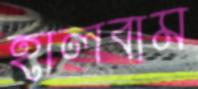
হালবাম